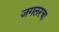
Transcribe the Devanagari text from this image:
जगलरचा